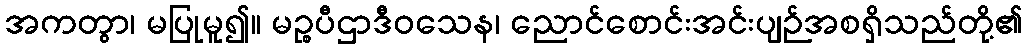
အကတွာ၊ မပြုမူ၍။ မဉ္စပီဌာဒီဝသေန၊ ညောင်စောင်းအင်းပျဉ်အစရှိသည်တို့၏